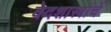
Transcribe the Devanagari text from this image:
वेदशास्त्रांचें